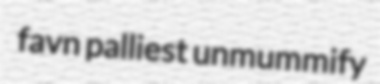
favn palliest unmummify